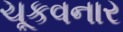
ચૂકવનાર